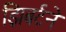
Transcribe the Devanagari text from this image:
झिबर्टने